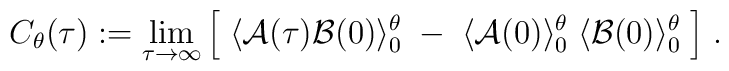
C_\theta(\tau) := \lim_{\tau \rightarrow \infty} \Big[ \;\langle {\cal A}(\tau) {\cal B}(0) \rangle^\theta_0 \; - \;\langle {\cal A}(0) \rangle^\theta_0 \;\langle {\cal B}(0) \rangle^\theta_0 \; \Big] \; .